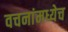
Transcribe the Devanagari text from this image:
वचनांमध्येच